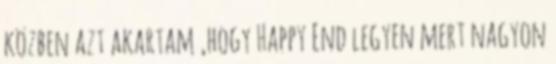
közben azt akartam ,hogy Happy End legyen mert nagyon